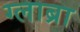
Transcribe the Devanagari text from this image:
ग्लाब्रा